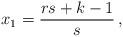
LaTeX: \begin{align*}x_1=\frac{rs+k-1}{s} \, ,\end{align*}